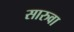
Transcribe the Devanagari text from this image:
सारुवा